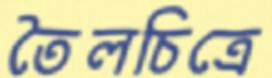
তৈলচিত্রে